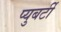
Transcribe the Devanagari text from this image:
प्युबर्टी